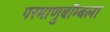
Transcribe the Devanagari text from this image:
परमाणुबॉम्बला